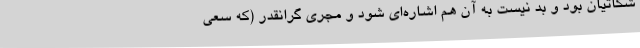
شکاتیان بود و بد نیست به آن هم اشاره‌ای شود و مجری گرانقدر (که سعی